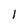
Character: l